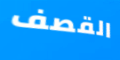
القصف